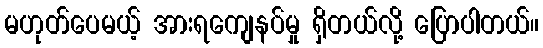
မဟုတ်ပေမယ့် အားရကျေနပ်မှု ရှိတယ်လို့ ပြောပါတယ်။